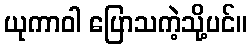
ယုကာဝါ ပြောသကဲ့သို့ပင်။